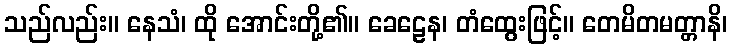
သည်လည်း။ နေသံ၊ ထို အောင်းတို့၏။ ခေဠေန၊ တံထွေးဖြင့်။ တေမိတမတ္တာနိ၊